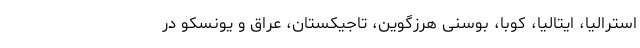
استرالیا، ایتالیا، کوبا، بوسنی هرزگوین، تاجیکستان، عراق و یونسکو در